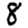
Digit: 8